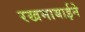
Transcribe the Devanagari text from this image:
रखमाबाईने